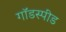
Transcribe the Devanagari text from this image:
गॉडस्पीड